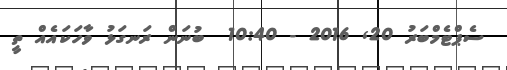
ސެޕްޓެމްބަރު 20